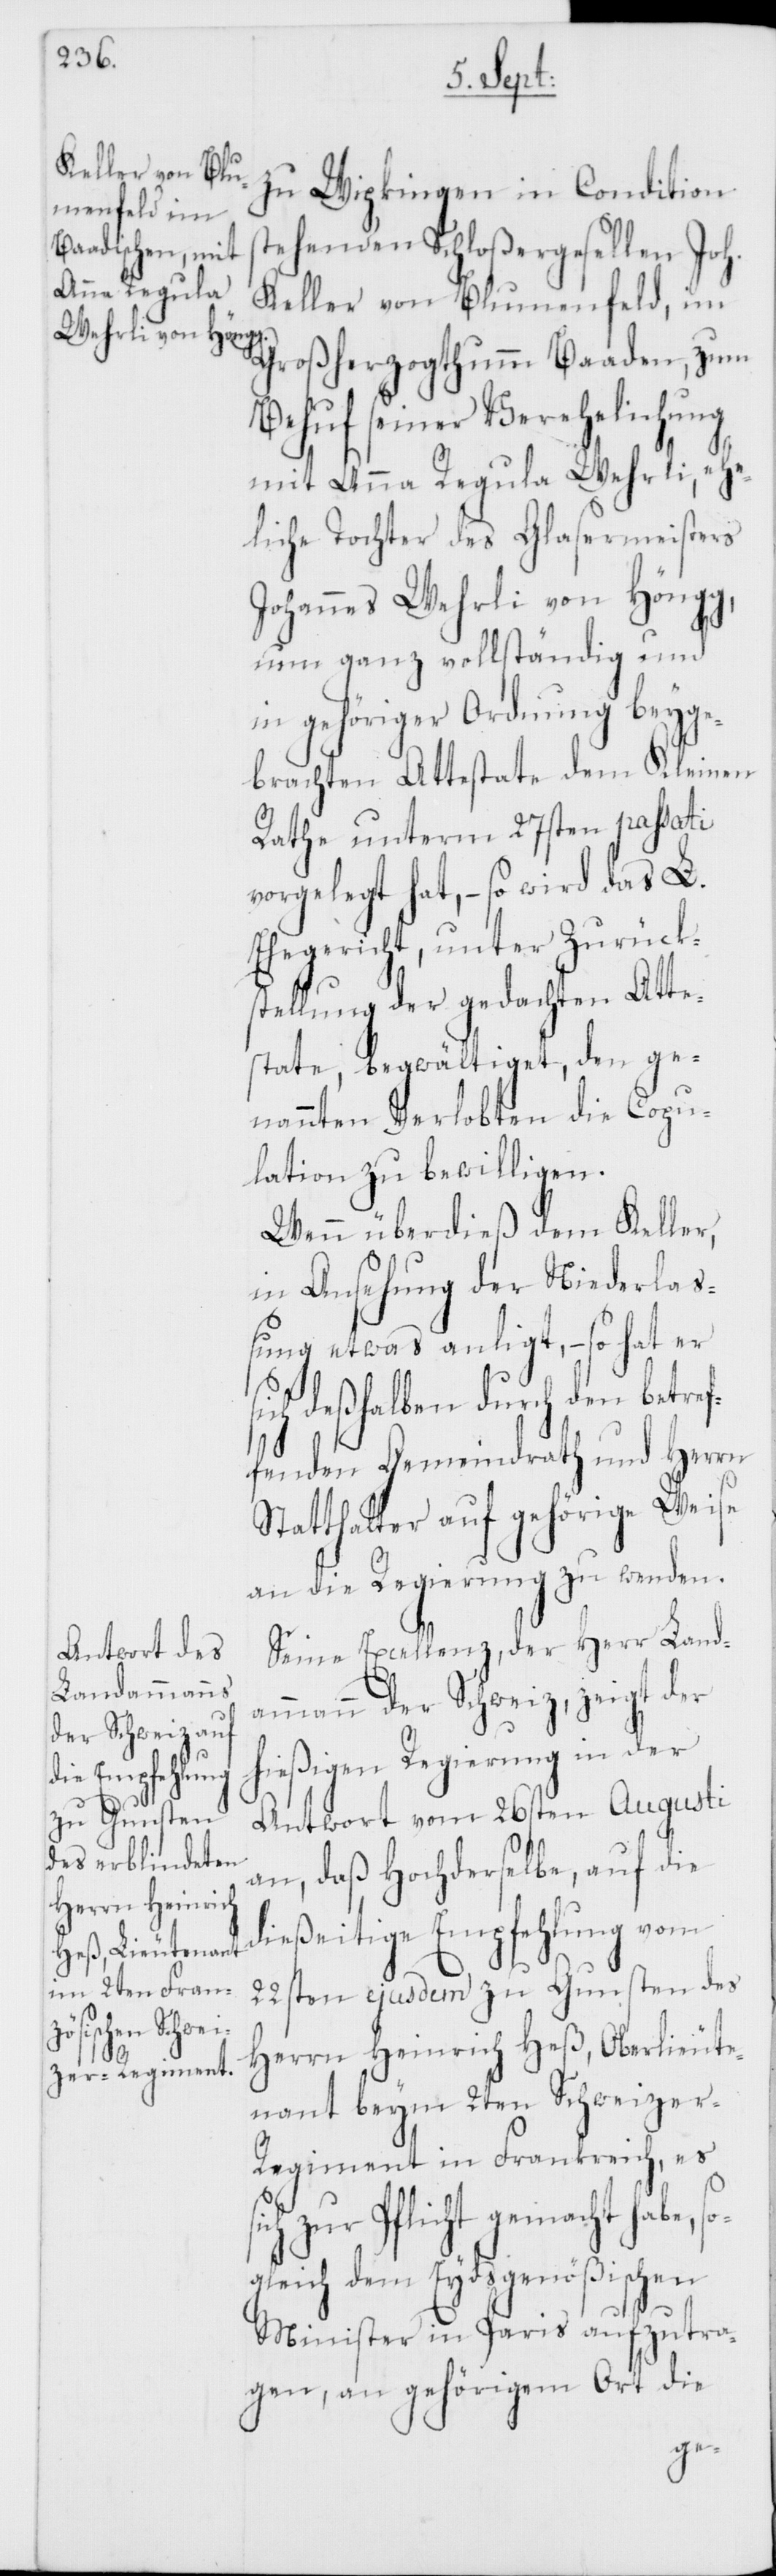
zu Wipkingen in Condition
stehenden Schloßergesellen Joh.
Keller von Blumenfeld, im
Großherzogthumm Baaden, zum
Behuf seiner Verehelichung
mit Anna Regula Wehrli, ehe¬
liche Tochter des Glasermeisters
Johannes Wehrli von Höngg,
um ganz vollständig und
in gehöriger Ordnung beyge¬
brachten Attestate dem Kleinen
Rathe unterm 27sten passati
vorgelegt hat, – so wird das L.
Ehegericht, unter Zurücks¬
tellung der gedachten Atte¬
state, begwältiget, den ge¬
nannten Verlobten die Copu¬
lation zu bewilligen.
Wenn überdieß dem Keller,
in Ansehung der Niederlaß¬
ung etwas anligt, – so hat er
sich deßhalben durch den betr¬
fenden Gemeindrath und Herrn
Statthalter auf gehörige Weise
an die Regierung zu wenden.
Seine Excellenz, der Herr Land¬
ammann der Schweiz, zeigt der
hießigen Regierung in der
Antwort vom 26sten Augusti
an, daß Hochderselbe, auf die
dießeitige Empfehlung vom
22sten ejusdem zu Gunsten des
Herrn Heinrich Heß, Oberlieute¬
nant beym 2ten Schweizer-R¬
egiment in Frankreich, es s¬
ich zur Pflicht gemacht habe, s¬
ogleich dem Eydsgenößischen
Minister in Paris aufzutra¬
gen, an gehörigem Ort die
ef¬